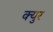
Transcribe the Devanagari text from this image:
क्युर